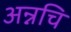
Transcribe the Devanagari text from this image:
अन्नचि